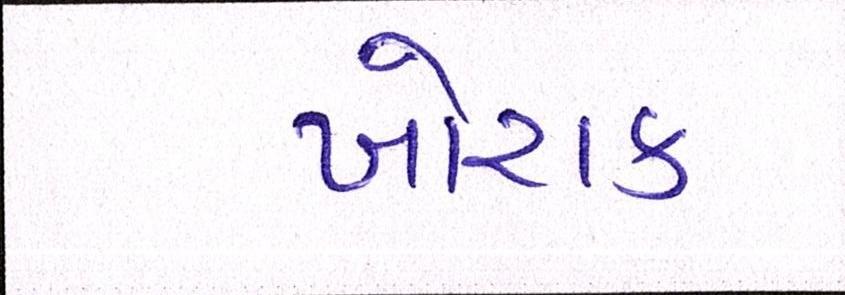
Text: ખોરાક